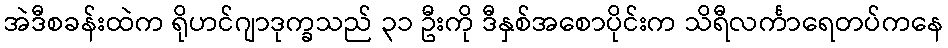
အဲဒီစခန်းထဲက ရိုဟင်ဂျာဒုက္ခသည် ၃၁ ဦးကို ဒီနှစ်အစောပိုင်းက သိရီလင်္ကာရေတပ်ကနေ